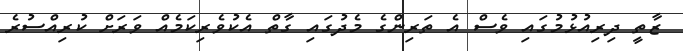
ޒާތީ ދިރިއުޅުމުގައި ވެސް އެ ތަރިންގެ މެދުގައި ގާތް އެކުވެރިކަމެއް ވަރަށް ކުރިއްސުރެ